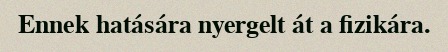
Ennek hatására nyergelt át a fizikára.